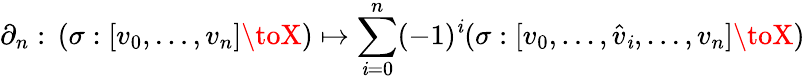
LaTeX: \partial_{n}:\, (\sigma:[v_{0},\ldots,v_{n}]\toX)\mapsto\sum_{\mathit{i}=0}^{n}(-1)^{\mathit{i}}(\sigma:[v_{0},\ldots,{\hat{{v}}}_{\mathit{i}},\ldots,v_{n}]\toX)